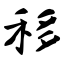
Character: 移